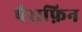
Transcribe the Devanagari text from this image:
पैराफ़िन